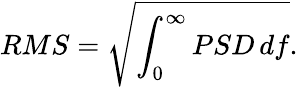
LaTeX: RMS=\sqrt{\int_{0}^{\infty}PSD\, df}.